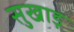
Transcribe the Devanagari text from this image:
सुखाड़